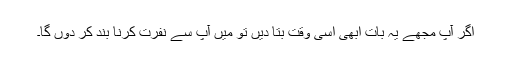
اگر آپ مجھے یہ بات ابھی اسی وقت بتا دیں تو میں آپ سے نفرت کرنا بند کر دوں گا۔